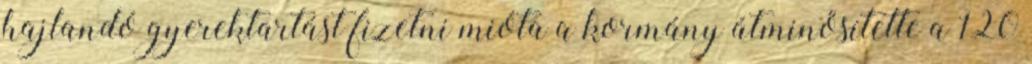
hajlandó gyerektartást fizetni mióta a kormány átminősítette a 120